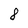
Character: 8